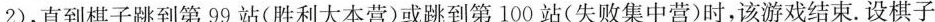
2$$)，直到棋子跳到第99站(胜利大本营)或跳到第100站(失败集中营)时，该游戏结束.设棋子